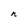
Character: n